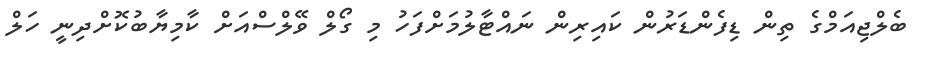
ބެލްޖިއަމްގެ ތިން ޑިފެންޑަރުން ކައިރިން ނައްޓާލުމަށްފަހު މި ގޯލް ވޭލްސްއަށް ކާމިޔާބުކޮށްދިނީ ހަލް